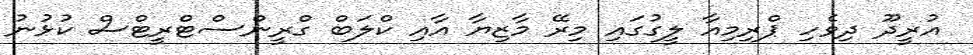
އުރީދޫ ދިވެހި ޕްރިމިއާ ލީގުގައި މިރޭ މާޒިޔާ އާއި ކްލަބް ގްރީންސްޓްރީޓްސް ކުޅުނު